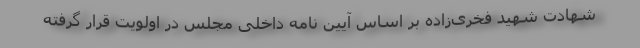
شهادت شهید فخری‌زاده بر اساس آیین نامه داخلی مجلس در اولویت قرار گرفته